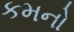
કમનો